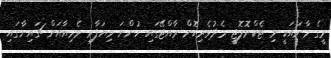
މީގެ މާނައަކީ މި ޓެކްނޮލޮޖީ މެދުވެރިކޮށް ރާއްޖޭގައި ހުންނަ ވިޔަފާރި ވެރިއާއަށް ޗައިނާގައި